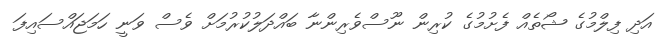
އަދި ފިލްމުގެ ޝޯތެއް ފެށުމުގެ ކުރިން ނޫސްވެރިންނާ ބައްދަލުކުރުމަށް ވެސް ވަނީ ހަމަޖައްސައިފަ